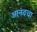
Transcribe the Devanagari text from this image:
आनंदचा